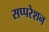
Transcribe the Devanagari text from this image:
सप्परेशन